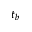
t _ { b }